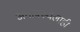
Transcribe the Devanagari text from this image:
अमावस्येलाही